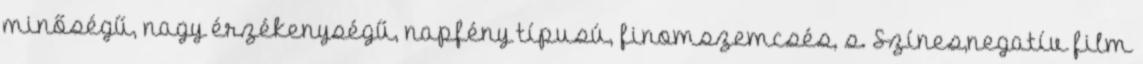
minőségű, nagy érzékenységű, napfény típusú, finomszemcsés, s. Színes,negatív film